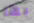
بها